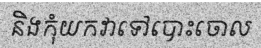
និងកុំយកវាទៅបោះចោល